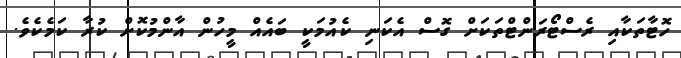
ހޮޓާތަކާއި ރެސްޓޯރަންޓްތަކަށް ގޮސް އެކަނި ކެއުމަކީ ބައެއް މީހުން އާންމުކޮށް ކުރާ ކަމެކެވެ.